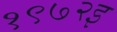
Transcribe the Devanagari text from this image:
१९७२इ